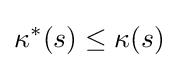
\kappa ^{*}(s)\leq \kappa (s)